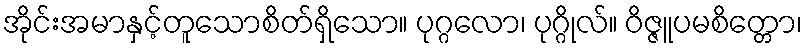
အိုင်းအမာနှင့်တူသောစိတ်ရှိသော။ ပုဂ္ဂလော၊ ပုဂ္ဂိုလ်။ ဝိဇ္ဇူပမစိတ္တော၊